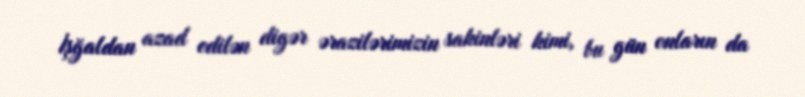
İşğaldan azad edilən digər ərazilərimizin sakinləri kimi, bu gün onların da